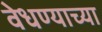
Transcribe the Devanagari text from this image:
वेधण्याच्या